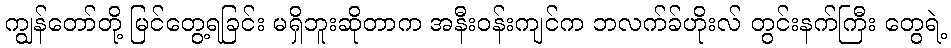
ကျွန်တော်တို့ မြင်တွေ့ရခြင်း မရှိဘူးဆိုတာက အနီးဝန်းကျင်က ဘလက်ခ်ဟိုးလ် တွင်းနက်ကြီး တွေရဲ့